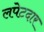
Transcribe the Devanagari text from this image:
लपेटदार